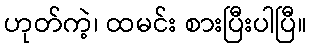
ဟုတ်ကဲ့၊ ထမင်း စားပြီးပါပြီ။